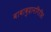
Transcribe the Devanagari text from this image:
बाबाबुदानगिरीस